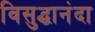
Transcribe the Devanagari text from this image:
विसुद्धानंदा